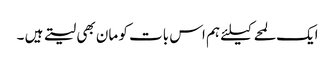
ایک لمحے کیلئے ہم اس بات کو مان بھی لیتے ہیں ۔